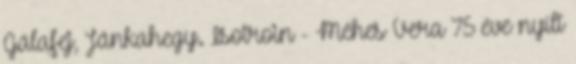
Gálafej, Jánkahegy. Isotroin - Méhes Vera 75 éve nyílt